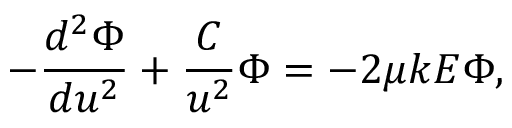
- \frac { d ^ { 2 } \Phi } { d u ^ { 2 } } + \frac { C } { u ^ { 2 } } \Phi = - 2 \mu k E \Phi ,